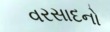
વરસાદનો